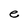
Character: e